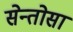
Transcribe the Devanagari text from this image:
सेन्तोसा